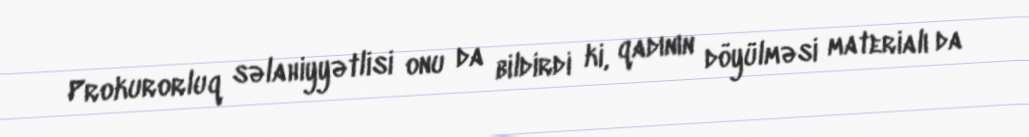
Prokurorluq səlahiyyətlisi onu da bildirdi ki, qadının döyülməsi materialı da